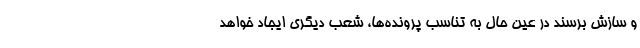
و سازش برسند در عین حال به تناسب پرونده‌ها، شعب دیگری ایجاد خواهد